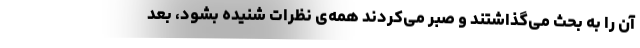
آن را به بحث می‌گذاشتند و صبر می‌کردند همه‌ی نظرات شنیده بشود، بعد